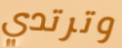
وترتدي